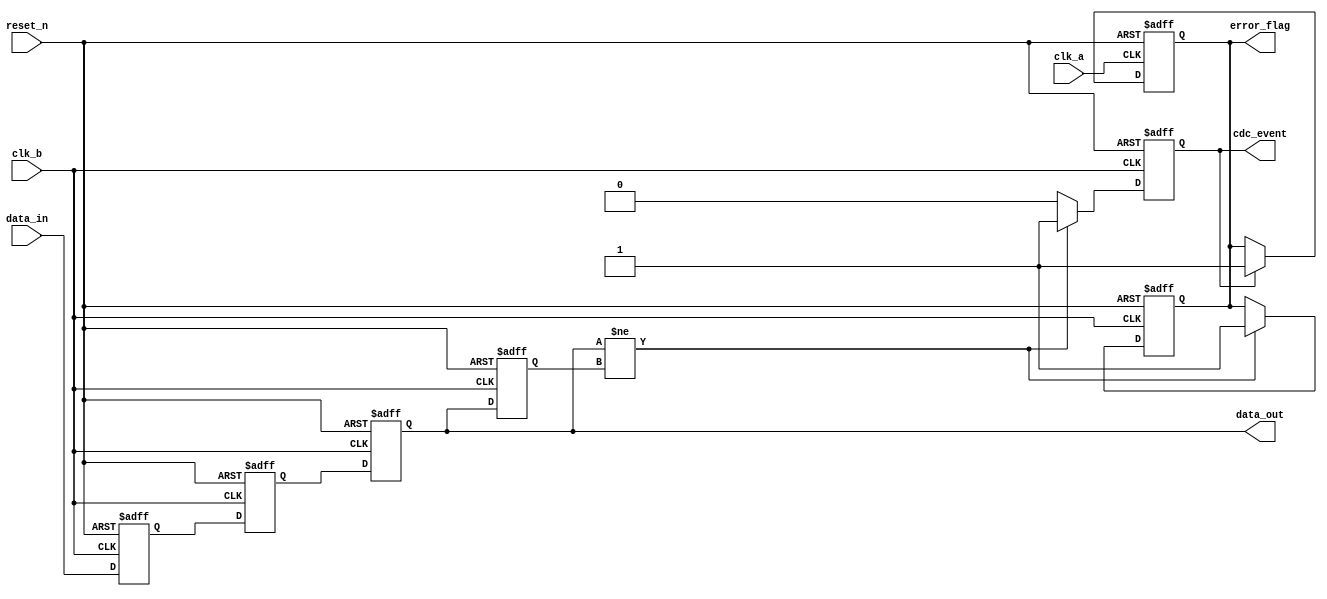
module cdc_detector (
    input wire clk_a,              // Clock domain A
    input wire clk_b,              // Clock domain B
    input wire reset_n,            // Asynchronous active-low reset
    input wire data_in,            // Input data signal in clk_a domain
    output reg data_out,           // Synchronized data output in clk_b domain
    output reg cdc_event,          // CDC event indicator
    output reg error_flag          // Error flag indicator
);

// Internal registers
reg data_in_sync_1;               // First stage of the synchronizer
reg data_in_sync_2;               // Second stage of the synchronizer
reg data_out_prev;                // Previous value of synchronized data

// Synchronizer: 2-stage synchronizer in clk_b domain
always @(posedge clk_b or negedge reset_n) begin
    if (!reset_n) begin
        data_in_sync_1 <= 1'b0;
        data_in_sync_2 <= 1'b0;
    end else begin
        data_in_sync_1 <= data_in;           // First flip-flop
        data_in_sync_2 <= data_in_sync_1;    // Second flip-flop
    end
end

// Assign synchronized data output
always @(posedge clk_b or negedge reset_n) begin
    if (!reset_n) begin
        data_out <= 1'b0;
        data_out_prev <= 1'b0;
        cdc_event <= 1'b0;
        error_flag <= 1'b0;
    end else begin
        data_out <= data_in_sync_2;          // Output the synchronized data
        // Detect change in data_out
        if (data_out != data_out_prev) begin
            cdc_event <= 1'b1;                // CDC event detected
            error_flag <= 1'b1;               // Assert error flag
        end else begin
            cdc_event <= 1'b0;                 // No event
        end
        data_out_prev <= data_out;            // Update previous value
    end
end

// Error flag management in clk_a domain
always @(posedge clk_a or negedge reset_n) begin
    if (!reset_n) begin
        error_flag <= 1'b0;                   // Reset error flag
    end else if (cdc_event) begin
        error_flag <= 1'b1;                   // Set error flag on event
    end
end

endmodule